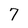
Character: 7